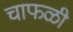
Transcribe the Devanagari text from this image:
चाफळी